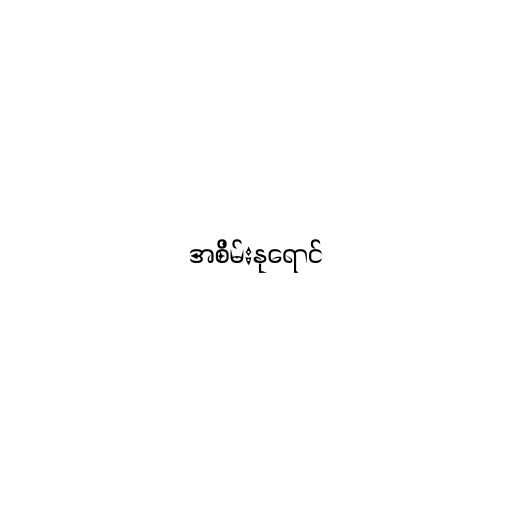
အစိမ်းနုရောင်